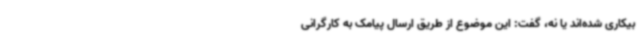
بیکاری شده‌اند یا نه، گفت: این موضوع از طریق ارسال پیامک به کارگرانی